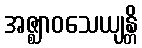
အဇ္ဈာဝသေယျန္တိ